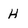
Character: H